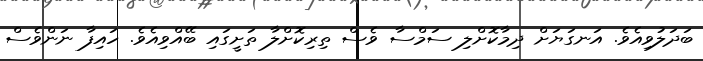
ބަދަލުވިއެވެ. އަނގަޔަށް ދިމާކޮށްލި ސަމްސާ ވެސް ތިރިކޮށްލާ ތަށީގައި ބޭއްވިއެވެ. ހައިފާ ނަންވެސް